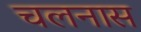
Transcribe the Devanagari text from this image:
चलनास